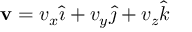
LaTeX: \mathbf { v } = v _ { x } { \boldsymbol { \hat { \imath } } } + v _ { y } { \boldsymbol { \hat { \jmath } } } + v _ { z } { \boldsymbol { \hat { k } } }